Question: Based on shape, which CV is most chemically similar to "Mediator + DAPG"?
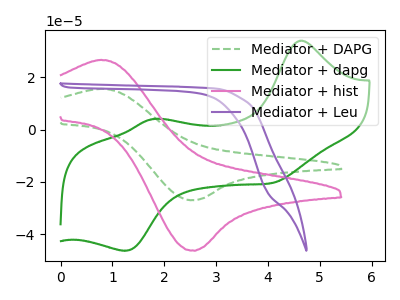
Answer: <think>The green dashed curve "Mediator + DAPG" has an anodic peak at (0.80V, 15.55uA) and a cathodic peak at (2.60V, -27.10uA). The green curve "Mediator + dapg" has anodic peaks at (4.60V, 34.00uA) (1.80V, 4.05uA) and cathodic peaks at (4.10V, -20.30uA) (1.25V, -46.35uA). The pink curve "Mediator + hist" has an anodic peak at (0.80V, 26.65uA) and a cathodic peak at (2.60V, -46.35uA). The purple curve "Mediator + Leu" has no peaks.
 "Mediator + DAPG" and "Mediator + dapg" have a different number of peaks. All the peaks in "Mediator + DAPG" have a peak in "Mediator + hist" at the same potential. Every peak in "Mediator + DAPG" is lower than every peak in "Mediator + hist". "Mediator + DAPG" and "Mediator + Leu" have a different number of peaks. "Mediator + dapg" and "Mediator + hist" have a different number of peaks. "Mediator + dapg" and "Mediator + Leu" have a different number of peaks. "Mediator + hist" and "Mediator + Leu" have a different number of peaks.</think>
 <answer>The CV with the most similar shape to "Mediator + hist" is "Mediator + DAPG".</answer>
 <eval>"Mediator + DAPG"</eval>